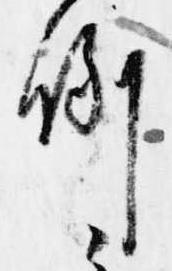
例